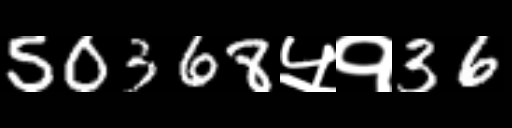
Text: 50368५१36